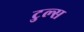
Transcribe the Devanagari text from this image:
टुल्स